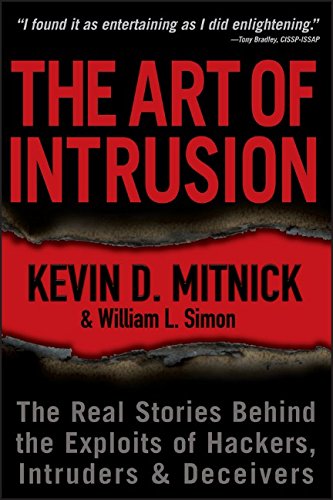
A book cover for The Art of Intrusion: The Real Stories Behind the Exploits of Hackers, Intruders and Deceivers; Kevin D. Mitnick; Computers & Technology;